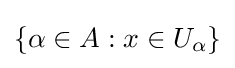
\left\{\alpha \in A:x\in U_{\alpha }\right\}